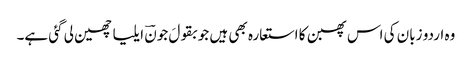
وہ اردو زبان کی اس پھبن کا استعارہ بھی ہیں جو بقولَ جونؔ ایلیا چھین لی گئی ہے۔